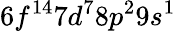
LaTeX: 6f^{14}7d^{7}8p^{2}9s^{1}